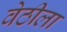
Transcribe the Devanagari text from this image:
वेठीला